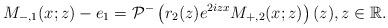
LaTeX: \begin{align*}M_{-,1}(x;z)-e_1=\mathcal{P}^-\left(r_2(z) e^{2iz x}M_{+,2}(x;z)\right)(z), z \in \mathbb{R}.\end{align*}